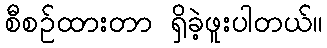
စီစဉ်ထားတာ ရှိခဲ့ဖူးပါတယ်။